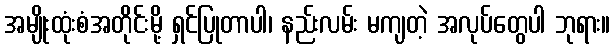
အမျိုးထုံးစံအတိုင်းမို့ ရှင်ပြုတာပါ၊ နည်းလမ်း မကျတဲ့ အလုပ်တွေပါ ဘုရား။